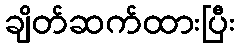
ချိတ်ဆက်ထားပြီး